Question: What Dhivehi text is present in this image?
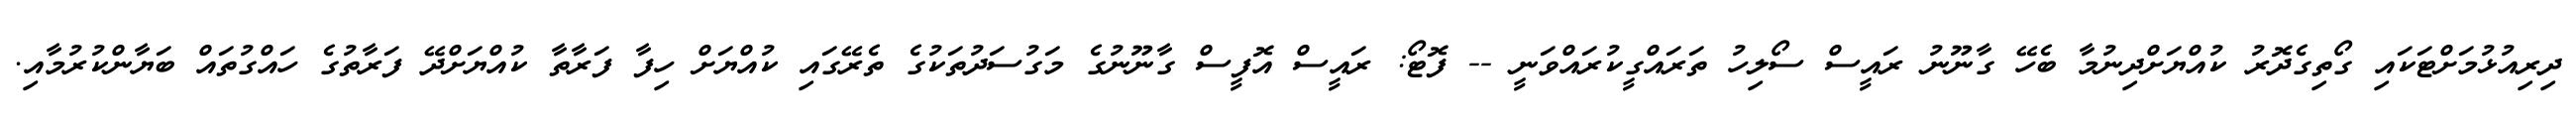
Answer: ދިރިއުޅުމަށްޓަކައި ގޯތިގެދޮރު ކުއްޔަށްދިނުމާ ބެހޭ ގާނޫނު ރައީސް ސޯލިހު ތަރައްގީކުރައްވަނީ -- ފޮޓޯ: ރައީސް އޮފީސް ގާނޫނުގެ މަގުސަދުތަކުގެ ތެރޭގައި ކުއްޔަށް ހިފާ ފަރާތާ ކުއްޔަށްދޭ ފަރާތުގެ ހައްގުތައް ބަޔާންކުރުމާއި.